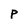
Character: P